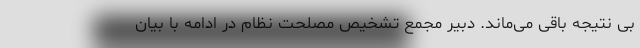
بی نتیجه باقی می‌ماند. دبیر مجمع تشخیص مصلحت نظام در ادامه با بیان